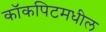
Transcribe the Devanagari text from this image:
कॉकपिटमधील